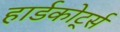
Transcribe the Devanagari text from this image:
हार्डकोर्ट्स